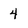
Character: 4